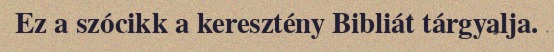
Ez a szócikk a keresztény Bibliát tárgyalja.